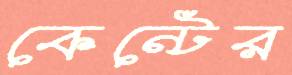
কেন্টের